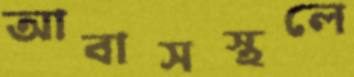
আবাসস্থলে